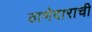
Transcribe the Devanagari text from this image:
ठाणेदाराची